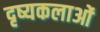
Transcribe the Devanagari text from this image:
दृष्यकलाओं